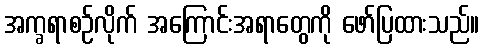
အက္ခရာစဉ်လိုက် အကြောင်းအရာတွေကို ဖော်ပြထားသည်။